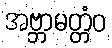
အဗ္ဘာမတ္တံဝ